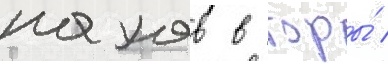
нахов в горы́ /